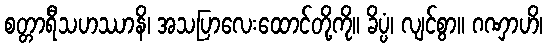
စတ္တာရီသဟဿာနိ၊ အသပြာလေးထောင်တို့ကို။ ခိပ္ပံ၊ လျင်စွာ။ ဂဏှာဟိ၊